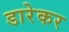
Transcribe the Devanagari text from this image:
डारेकर